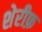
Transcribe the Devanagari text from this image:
शेरीफ़